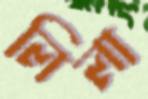
লিলা